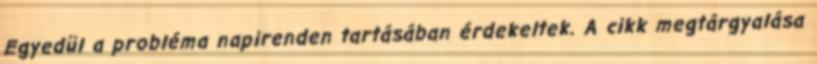
Egyedül a probléma napirenden tartásában érdekeltek. A cikk megtárgyalása